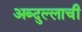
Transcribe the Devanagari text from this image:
अब्दुल्लाची